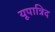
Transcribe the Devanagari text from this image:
यूपात्रिद